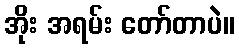
အိုး အရမ်း တော်တာပဲ။